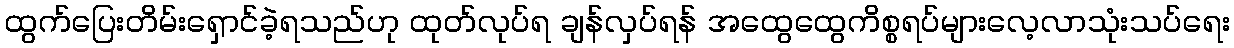
ထွက်ပြေးတိမ်းရှောင်ခဲ့ရသည်ဟု ထုတ်လုပ်ရ ချန်လှပ်ရန် အထွေထွေကိစ္စရပ်များလေ့လာသုံးသပ်ရေး